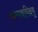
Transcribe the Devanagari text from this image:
कल्पवरिक्षमु